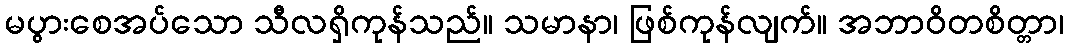
မပွားစေအပ်သော သီလရှိကုန်သည်။ သမာနာ၊ ဖြစ်ကုန်လျက်။ အဘာဝိတစိတ္တာ၊